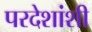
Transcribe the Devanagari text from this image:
परदेशांशी